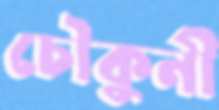
চৌকুনী